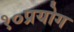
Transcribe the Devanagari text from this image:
१०प्रयोग